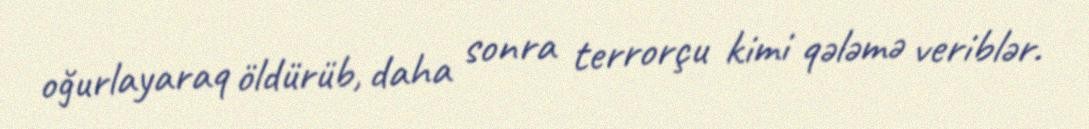
oğurlayaraq öldürüb, daha sonra terrorçu kimi qələmə veriblər.